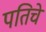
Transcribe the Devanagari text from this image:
पतिचे